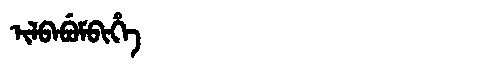
Manchu: ᡳᠯᠪᠠᠪᡠᠮᠪᡳᡥᡝ
Romanization: ILBABUMBIHE